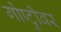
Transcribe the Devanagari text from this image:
गोष्टीुवर